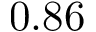
0 . 8 6